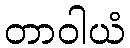
တာဝါယံ